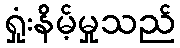
ရှုံးနိမ့်မှုသည်